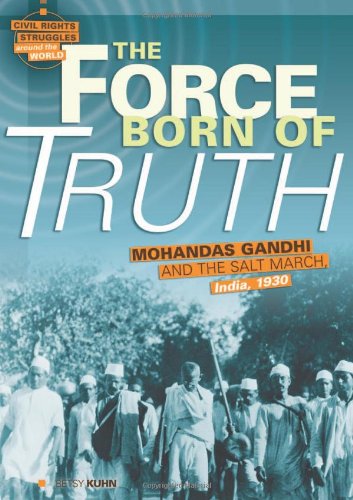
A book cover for The Force Born of Truth: Mohandas Gandhi and the Salt March, India, 1930 (Civil Rights Struggles Around the World); Betsy Kuhn; Teen & Young Adult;